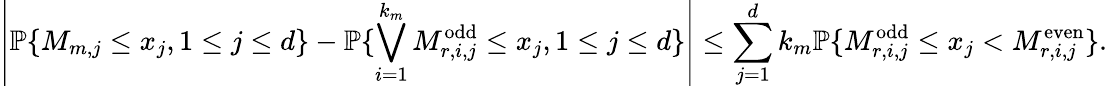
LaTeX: \left|\mathbb{P}\{ M_{m,j}\leq x_{j},1\leq j\leq d\} -\mathbb{P}\{ \bigvee_{i=1}^{k_{m}}M_{r,i,j}^{\textrm{odd}}\leq x_{j},1\leq j\leq d\} \right|\leq\sum_{j=1}^{d}k_{m}\mathbb{P}\{ M_{r,i,j}^{\textrm{odd}}\leq x_{j}<M_{r,i,j}^{\textrm{even}}\} .